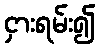
ငှားရမ်း၍